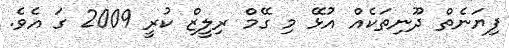
ފިޔަނެތް ދޫނިތަކެއް އުޅޭ މި ގޭމް ރިލީޒް ކުރީ 2009 ގަ އެވެ.